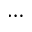
\dots